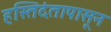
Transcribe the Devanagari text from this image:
हस्तिदंतापासून